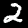
Digit: 2